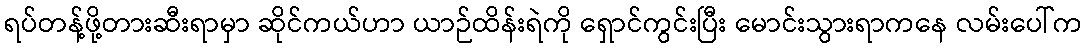
ရပ်တန့်ဖို့တားဆီးရာမှာ ဆိုင်ကယ်ဟာ ယာဉ်ထိန်းရဲကို ရှောင်ကွင်းပြီး မောင်းသွားရာကနေ လမ်းပေါ်က